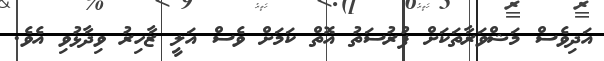
އަދިވެސް މަޝްވަރާތަކަށް ފުރުސަތު އޮތް ކަމަށް ވެސް އަލީ ޒާހިރު ވިދާޅުވި އެވެ.